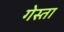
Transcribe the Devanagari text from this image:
गेस्ता